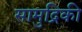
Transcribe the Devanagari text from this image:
सामुद्रिकी